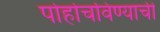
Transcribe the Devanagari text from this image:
पोहोचविण्याची